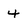
Character: 4